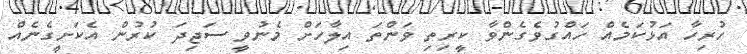
ހުރިހާ އަޅުކަމެއް ހައްގުވެގެންވާ ކީރިތި ވަންތަ އިލާހަށް މެނުވީ ސަޖިދަ ކުރުން އެކަށީގެނެއް